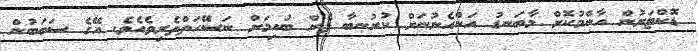
ޑޮކްޓަރުން އާންމުކޮށް މާބަނޑު އަންހެނުނަށް ކުރުނބާ ފެން ބުއިމަށް ނަސޭހަތްތެރިވެއެވެ. އޭގެ ސަބަބުން